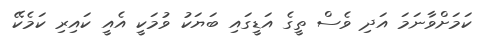
ކަމަށްވާނަމަ އަދި ވެސް ތީގެ އަޑީގައި ބަޔަކު ވުމަކީ އެއީ ކައިރި ކަމެކޭ